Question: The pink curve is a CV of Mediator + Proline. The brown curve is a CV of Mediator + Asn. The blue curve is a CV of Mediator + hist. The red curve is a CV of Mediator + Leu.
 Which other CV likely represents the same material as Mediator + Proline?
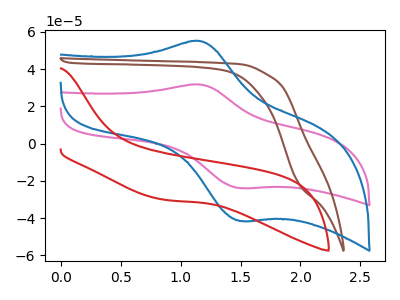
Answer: <think>The pink curve "Mediator + Proline" has an anodic peak at (1.15V, 31.70uA) and a cathodic peak at (1.50V, -23.95uA). The brown curve "Mediator + Asn" has no peaks. The blue curve "Mediator + hist" has an anodic peak at (1.15V, 55.05uA) and a cathodic peak at (1.50V, -41.60uA). The red curve "Mediator + Leu" has no peaks.
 "Mediator + Proline" and "Mediator + Asn" have a different number of peaks. All the peaks in "Mediator + Proline" have a peak in "Mediator + hist" at the same potential. Every peak in "Mediator + Proline" is lower than every peak in "Mediator + hist". "Mediator + Proline" and "Mediator + Leu" have a different number of peaks. "Mediator + Asn" and "Mediator + hist" have a different number of peaks. Neither "Mediator + Asn" or "Mediator + Leu" have any peaks. "Mediator + hist" and "Mediator + Leu" have a different number of peaks.</think>
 <answer>The CV with the most similar shape to "Mediator + hist" is "Mediator + Proline".</answer>
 <eval>"Mediator + Proline"</eval>